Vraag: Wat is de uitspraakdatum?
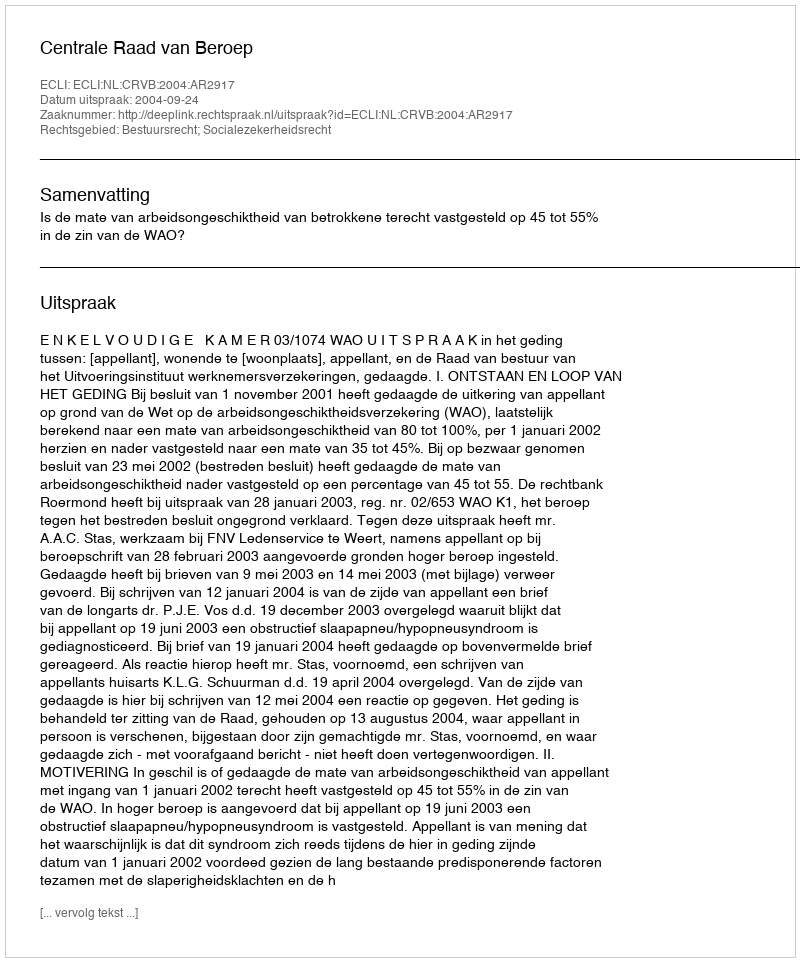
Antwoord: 2004-09-24